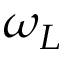
\omega _ { L }